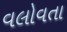
વલોવતા